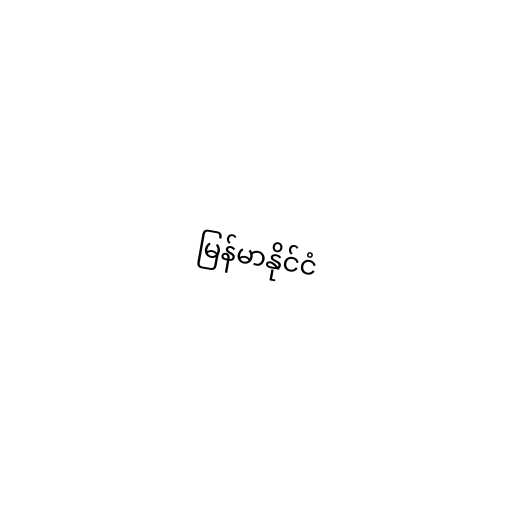
မြန်မာနိုင်ငံ